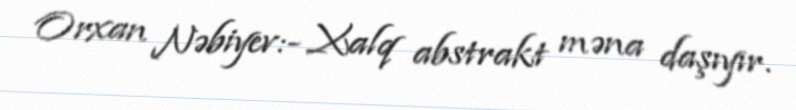
Orxan Nəbiyev:- Xalq abstrakt məna daşıyır.